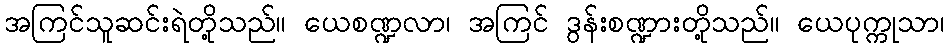
အကြင်သူဆင်းရဲတို့သည်။ ယေစဏ္ဍလာ၊ အကြင် ဒွန်းစဏ္ဍားတို့သည်။ ယေပုက္ကုသာ၊